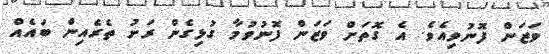
ވަޒަން ފޮނުވިއެވެ. އެ ގޮތަށް ވަޒަން ފޮނުވުމާ ގުޅިގެން ރަށު ތެރެއިން ބައެއް